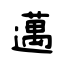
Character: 邁